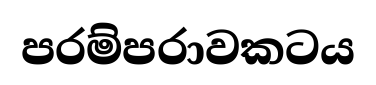
පරම්පරාවකටය